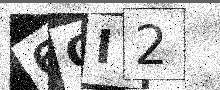
Text: 6OI2